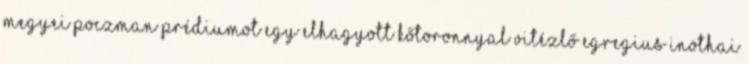
megyei Poczman prédiumot egy elhagyott kőtoronnyal vitézlő egregius Inothai